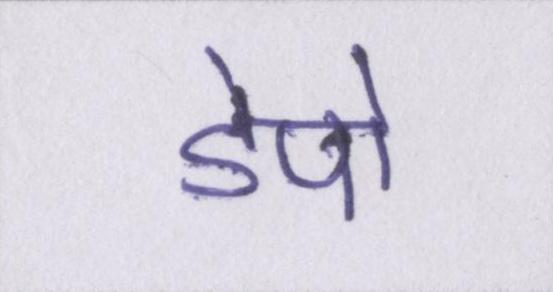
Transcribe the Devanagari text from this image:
डेपो